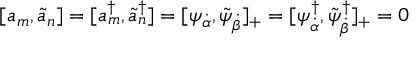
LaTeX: [ a _ { m } , \tilde { a } _ { n } ] = [ a _ { m } ^ { \dagger } , \tilde { a } _ { n } ^ { \dagger } ] = [ \psi _ { \dot { \alpha } } , \tilde { \psi } _ { \dot { \beta } } ] _ { + } = [ \psi _ { \dot { \alpha } } ^ { \dagger } , \tilde { \psi } _ { \dot { \beta } } ^ { \dagger } ] _ { + } = 0